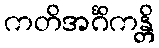
ကတိအင်္ဂိကန္တိ